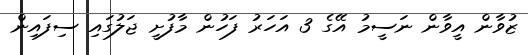
ޒުވާން އީވާން ނަސީމު އޭގެ 3 އަހަރު ފަހުން މާފުށީ ޖަލުގައި ސިފައިން